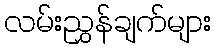
လမ်းညွှန်ချက်များ